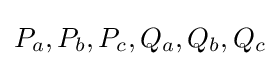
P_{a},P_{b},P_{c},Q_{a},Q_{b},Q_{c}